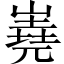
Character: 嶤